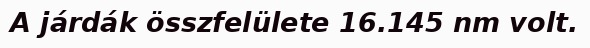
A járdák összfelülete 16.145 nm volt.